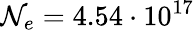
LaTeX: \mathcal{N}_{e}=4.54\cdot10^{17}